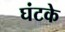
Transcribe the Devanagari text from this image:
घंटके